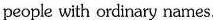
people with ordinary names.